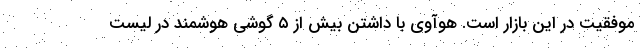
موفقیت در این بازار است. هوآوی با داشتن بیش از ۵ گوشی هوشمند در لیست